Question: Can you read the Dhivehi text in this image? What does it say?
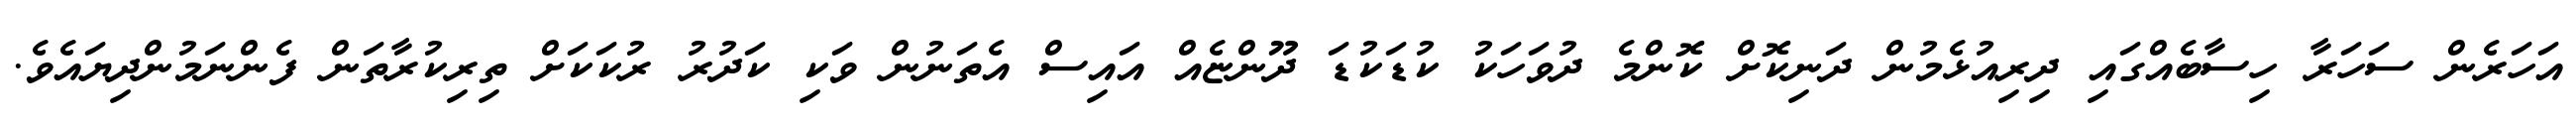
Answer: އަހަރެން ސަހަރާ ހިސާބެއްގައި ދިރިއުޅެމުން ދަނިކޮށް ކޮންމެ ދުވަހަކު ކުޑަކުޑަ ދޫންޏެއް އައިސް އެތަނުން ވަކި ކަދުރު ރުކަކަށް ތިރިކުރާތަން ފެންނަމުންދިޔައެވެ.